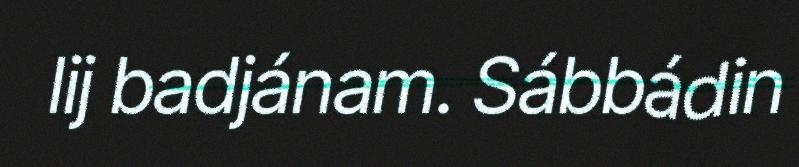
lij badjánam. Sábbádin